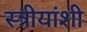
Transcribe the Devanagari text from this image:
स्त्रीयांशी